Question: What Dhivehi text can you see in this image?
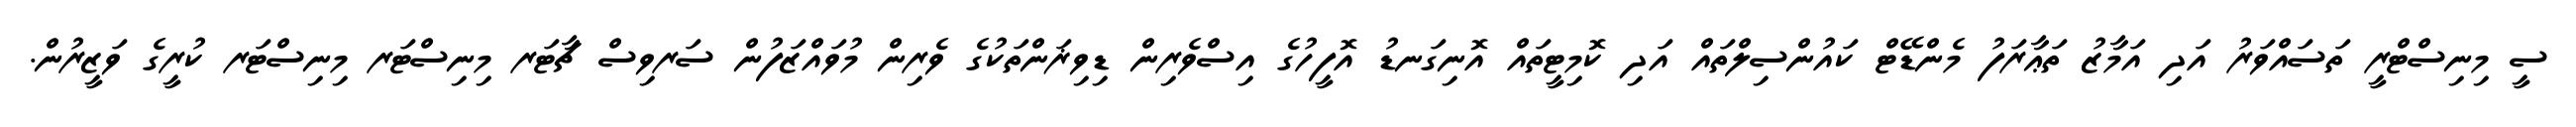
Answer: ސީ މިނިސްޓްރީ ތަސައްވަރު އަދި އަމާޒު ތަޢާރަފު މެންޑޭޓް ކައުންސިލްތައް އަދި ކޮމިޓީތައް އޮނިގަނޑު އޮފީހުގެ އިސްވެރިން ޑިވިޜަންތަކުގެ ވެރިން މުވައްޒަފުން ސަރވިސް ޗާޓަރ މިނިސްޓަރ މިނިސްޓަރ ކުރީގެ ވަޒީރުން.